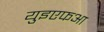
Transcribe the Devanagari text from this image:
युइएफआ